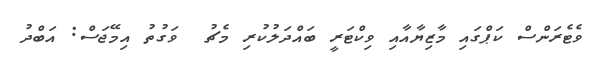
ވެޓެރަންސް ކަޕްގައި މާޒިޔާއާއި ވިކްޓަރީ ބައްދަލުކުރި މެޗު  ވަގުތު އިމޭޖަސް: އަބްދު